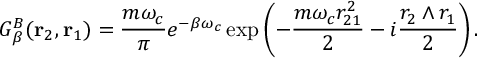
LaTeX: G _ { \beta } ^ { B } ( \mathrm { \bf r } _ { 2 } , \mathrm { \bf r } _ { 1 } ) = { \frac { m \omega _ { c } } { \pi } } e ^ { - \beta \omega _ { c } } \exp \left( - { \frac { m \omega _ { c } r _ { 2 1 } ^ { 2 } } { 2 } } - i { \frac { r _ { 2 } \wedge r _ { 1 } } { 2 } } \right) .